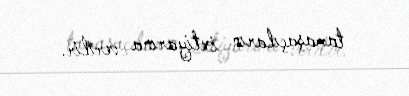
tamaşaçıların ixtiyarına verilir.